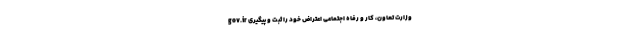
gov.ir وزارت تعاون، کار و رفاه اجتماعی اعتراض خود را ثبت و پیگیری